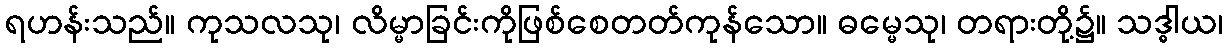
ရဟန်းသည်။ ကုသလသု၊ လိမ္မာခြင်းကိုဖြစ်စေတတ်ကုန်သော။ ဓမ္မေသု၊ တရားတို့၌။ သဒ္ဓါယ၊